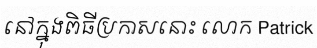
នៅក្នុងពិធីប្រកាសនោះ លោក Patrick